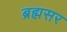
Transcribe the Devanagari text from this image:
ब्रह्मसर